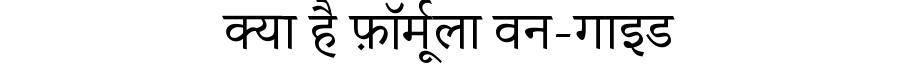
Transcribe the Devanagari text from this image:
क्या है फ़ॉर्मूला वन-गाइड